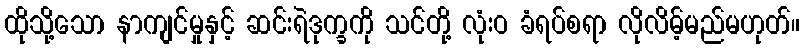
ထိုသို့သော နာကျင်မှုနှင့် ဆင်းရဲဒုက္ခကို သင်တို့ လုံးဝ ခံရပ်စရာ လိုလိမ့်မည်မဟုတ်။